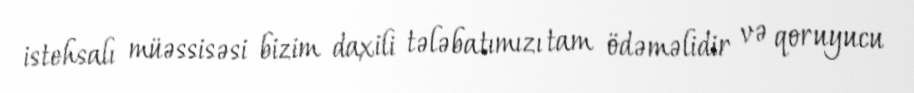
istehsalı müəssisəsi bizim daxili tələbatımızı tam ödəməlidir və qoruyucu